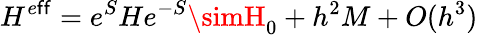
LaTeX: H^{e\mathsf{f}\mathsf{f}}=e^{S}He^{-S}\simH_{0}+h^{2}M+O(h^{3})